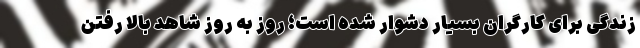
زندگی برای کارگران بسیار دشوار شده است؛ روز به روز شاهد بالا رفتن